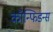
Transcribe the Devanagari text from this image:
कॉन्फिडन्स